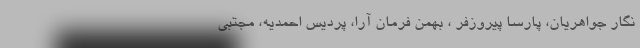
نگار جواهریان، پارسا پیروزفر ، بهمن فرمان آرا، پردیس احمدیه، مجتبی